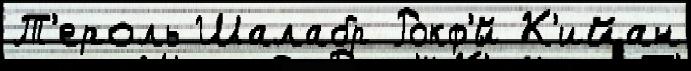
Т'ероль Шалабр Рокф'́й К'ийан